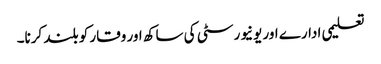
تعلیمی ادارے اور یونیورسٹی کی ساکھ اور وقار کو بلند کرنا۔